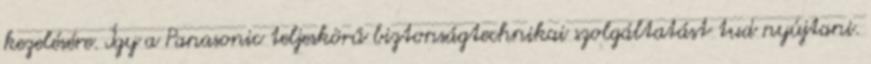
kezelésére. Így a Panasonic teljeskörű biztonságtechnikai szolgáltatást tud nyújtani.